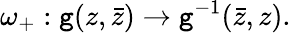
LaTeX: \omega_{+}:\mathtt{g}(z,\bar{{z}})\to\mathtt{g}^{-1}(\bar{{z}},z).